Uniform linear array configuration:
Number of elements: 64
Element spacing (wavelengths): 0.75
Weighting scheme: blackman
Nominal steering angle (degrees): -60
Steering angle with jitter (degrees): -61.51
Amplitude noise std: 0.05
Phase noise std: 0.05

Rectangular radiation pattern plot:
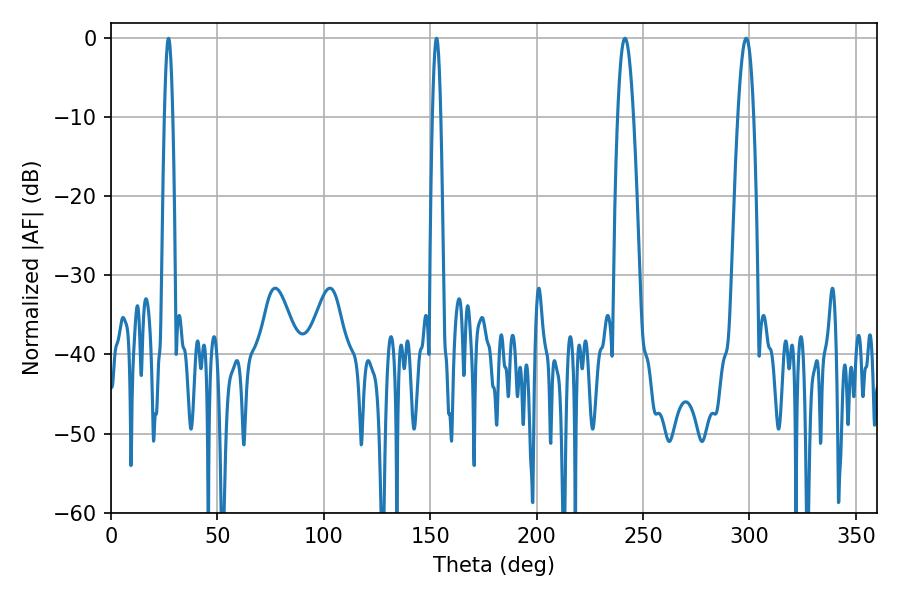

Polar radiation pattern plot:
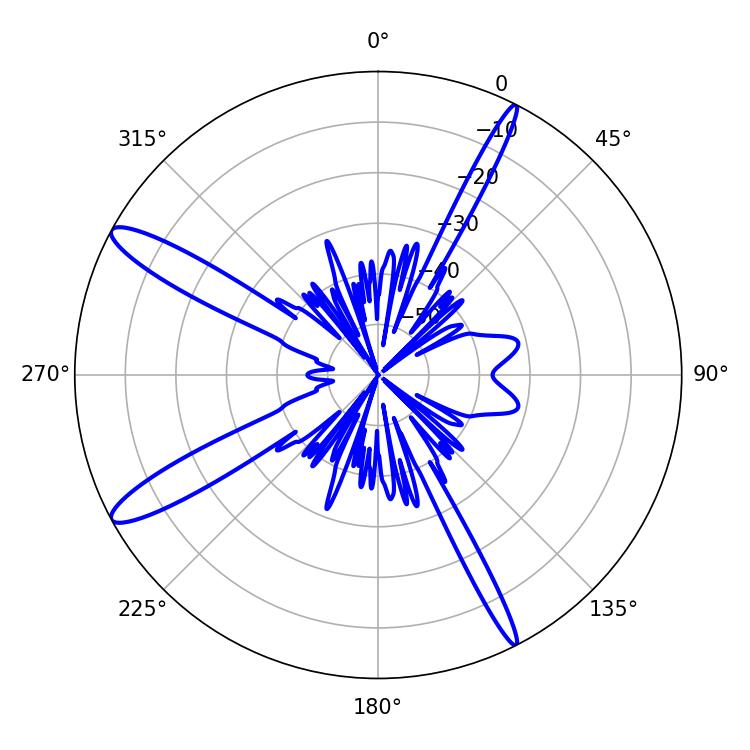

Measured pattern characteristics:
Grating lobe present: TRUE
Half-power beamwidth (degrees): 3.96
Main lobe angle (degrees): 298.44